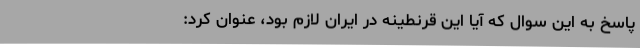
پاسخ به این سوال که آیا این قرنطینه در ایران لازم بود،‌ عنوان کرد: